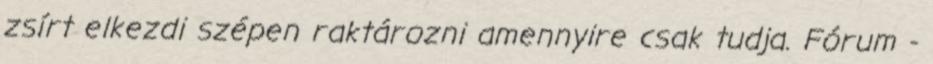
zsírt elkezdi szépen raktározni amennyire csak tudja. Fórum -